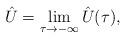
LaTeX: \begin{align*}\hat U= \lim_{\tau\to -\infty} \hat U(\tau),\end{align*}